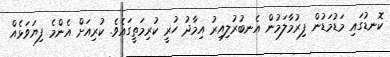
ކޮނޑުގައި މަޑުމަޑުން ފިރުމާލަމުން އެނބުރުލިއިރު އިމާދު ހުރީ ކުރިމަތީގައެވެ. ކުރިއަށް އެންމެ ފިޔަވަޅެއް